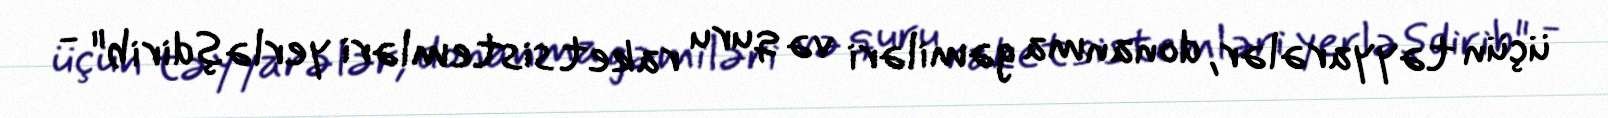
üçün təyyarələr, donanma gəmiləri və quru raket sistemləri yerləşdirib" -